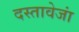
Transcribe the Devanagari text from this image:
दस्तावेजां